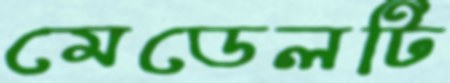
মেডেলটি